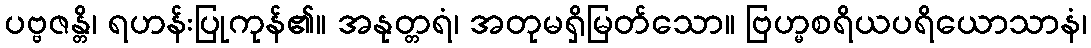
ပဗ္ဗဇန္တိ၊ ရဟန်းပြုကုန်၏။ အနုတ္တရံ၊ အတုမရှိမြတ်သော။ ဗြဟ္မစရိယပရိယောသာနံ၊